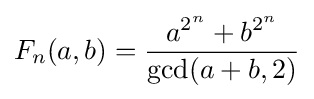
F_{n}(a,b)={\frac {a^{2^{n}}+b^{2^{n}}}{\gcd(a+b,2)}}